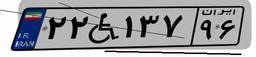
۲۲W۱۳۷۹۶